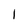
Character: 1